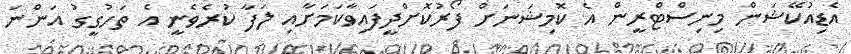
އެޑިއުކޭޝަން މިނިސްޓްރީން އެ ކޮމިޝަނަށް ފޯރުކޮށްދީފައިވާކަމަށާއި ލަފާ ކުރެވެނީ އެ ތަހުގީގު އަންނަ